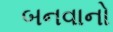
બનવાનો